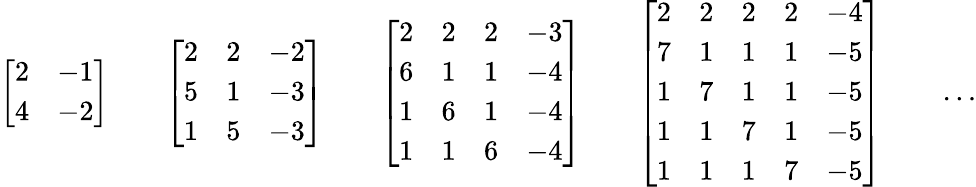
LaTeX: {\left[\begin{array}{ll}{2}&{-1}\\ {4}&{-2}\end{array}\right]}\qquad{\left[\begin{array}{lll}{2}&{2}&{-2}\\ {5}&{1}&{-3}\\ {1}&{5}&{-3}\end{array}\right]}\qquad{\left[\begin{array}{llll}{2}&{2}&{2}&{-3}\\ {6}&{1}&{1}&{-4}\\ {1}&{6}&{1}&{-4}\\ {1}&{1}&{6}&{-4}\end{array}\right]}\qquad{\left[\begin{array}{lllll}{2}&{2}&{2}&{2}&{-4}\\ {7}&{1}&{1}&{1}&{-5}\\ {1}&{7}&{1}&{1}&{-5}\\ {1}&{1}&{7}&{1}&{-5}\\ {1}&{1}&{1}&{7}&{-5}\end{array}\right]}\qquad\ldots